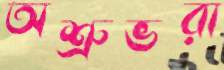
অশ্রুভরা